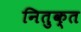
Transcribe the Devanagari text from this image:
नितुक्त